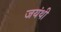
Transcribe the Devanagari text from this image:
जयंथी